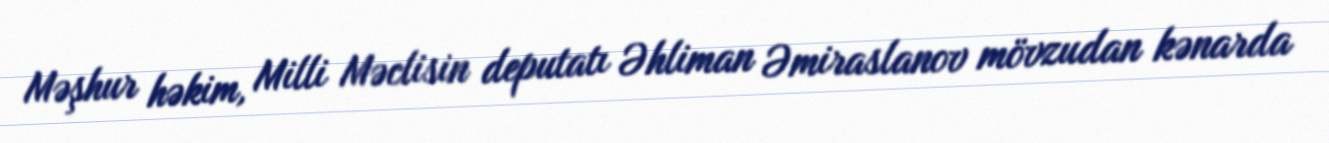
Məşhur həkim, Milli Məclisin deputatı Əhliman Əmiraslanov mövzudan kənarda